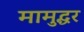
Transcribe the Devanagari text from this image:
मामुद्धर